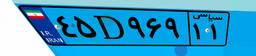
۹۷D۵۳۰۱۹